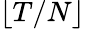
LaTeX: \lfloor{T}/{N}\rfloor